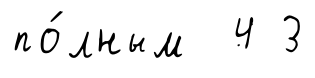
по́лным 4 3